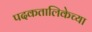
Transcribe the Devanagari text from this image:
पदकतालिकेच्या